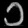
Digit: ၁